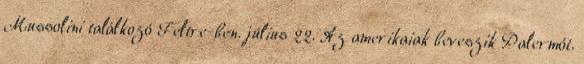
Mussolini találkozó Feltre-ben. július 22. Az amerikaiak beveszik Palermót.